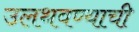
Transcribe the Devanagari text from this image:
उलथवण्याची